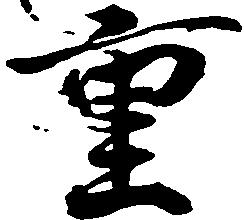
重